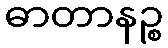
ဓာတာနဉ္စ